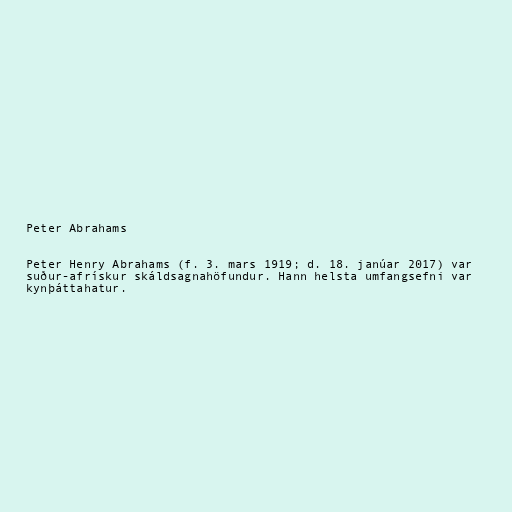
Peter Abrahams

Peter Henry Abrahams (f. 3. mars 1919; d. 18. janúar 2017) var
suður-afrískur skáldsagnahöfundur. Hann helsta umfangsefni var
kynþáttahatur.